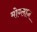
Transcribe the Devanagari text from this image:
मोग्लान